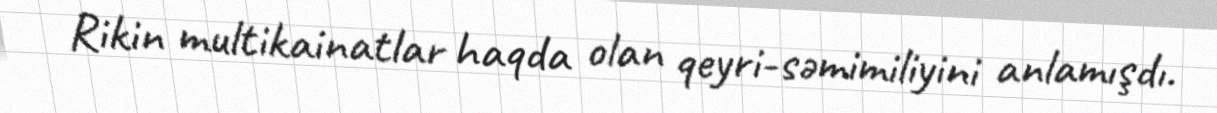
Rikin multikainatlar haqda olan qeyri-səmimiliyini anlamışdı.